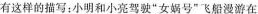
有这样的描写：小明和小亮驾驶”女娲号”飞船漫游在